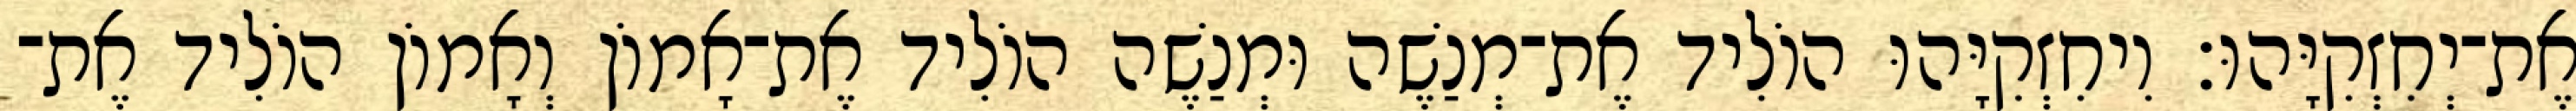
אֶת־יְחִזְקִיָּהוּ׃ וִיחִזְקִיָּהוּ הוֹלִיד אֶת־מְנַשֶׁה וּמְנַשֶׁה הוֹלִיד אֶת־אָמוֹן וְאָמוֹן הוֹלִיד אֶת־